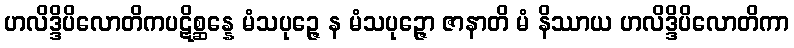
ဟလိဒ္ဒိပိလောတိကပဋိစ္ဆန္နေ မံသပုဉ္ဇေ န မံသပုဉ္ဇော ဇာနာတိ မံ နိဿာယ ဟလိဒ္ဒိပိလောတိကာ